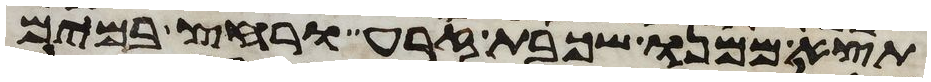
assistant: תצא ממנו שכבת זרע ורחץ במים